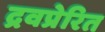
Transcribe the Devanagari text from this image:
द्रवप्रेरित